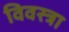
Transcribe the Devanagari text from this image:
विवस्त्रा